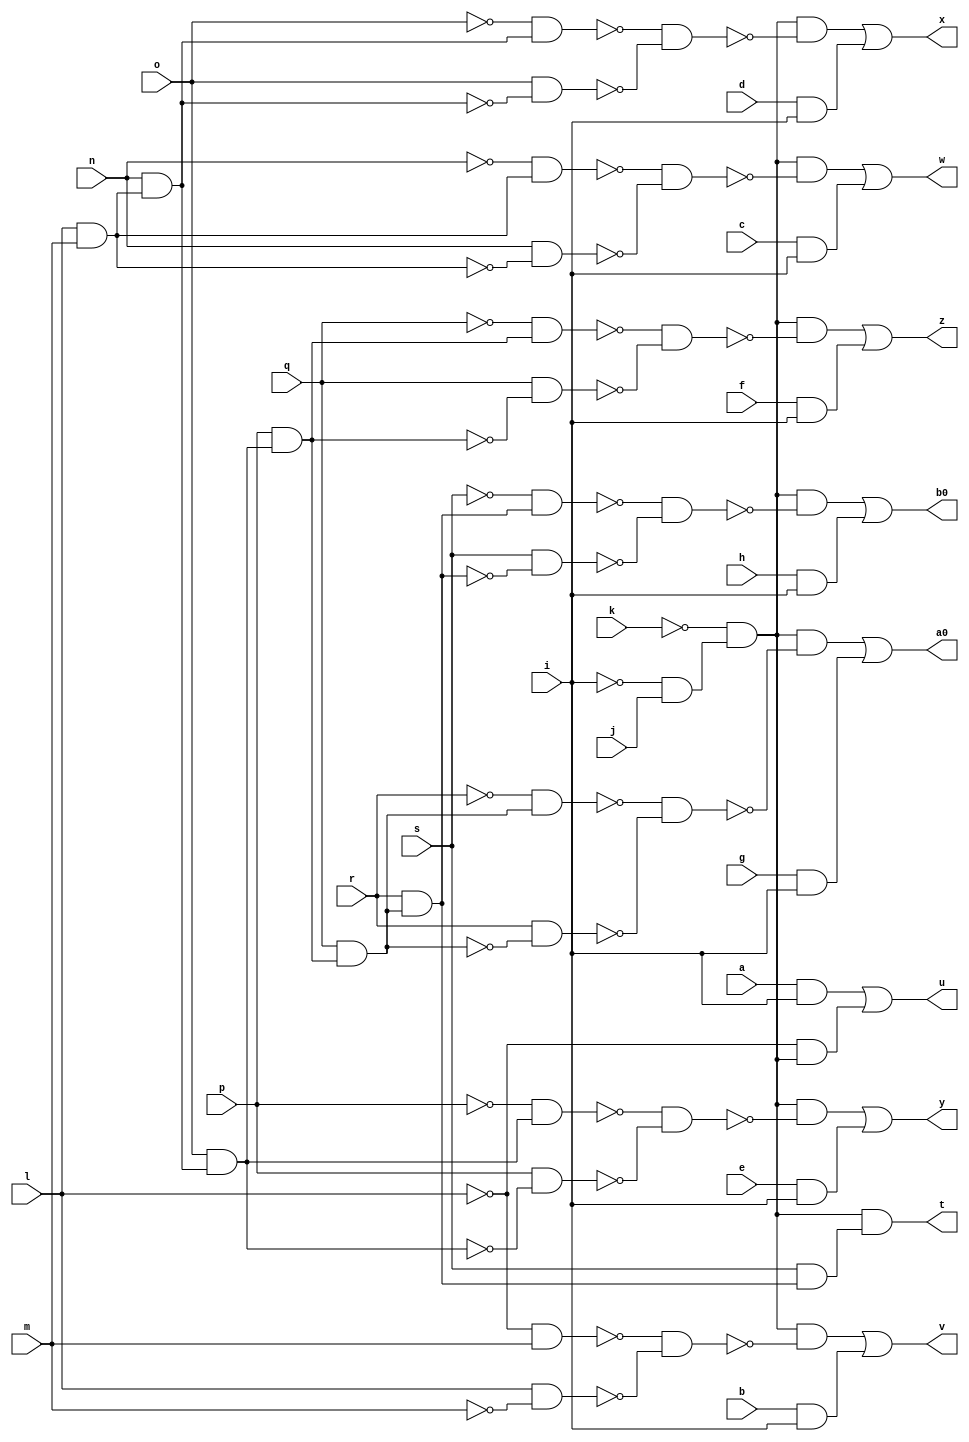
module pcle_cl ( 
    a, b, c, d, e, f, g, h, i, j, k, l, m, n, o, p, q, r, s,
    t, u, v, w, x, y, z, a0, b0  );
  input  a, b, c, d, e, f, g, h, i, j, k, l, m, n, o, p, q, r, s;
  output t, u, v, w, x, y, z, a0, b0;
  wire new_n29_, new_n30_, new_n31_, new_n32_, new_n33_, new_n34_, new_n35_,
    new_n36_, new_n37_, new_n39_, new_n40_, new_n42_, new_n43_, new_n44_,
    new_n45_, new_n46_, new_n48_, new_n49_, new_n50_, new_n51_, new_n52_,
    new_n54_, new_n55_, new_n56_, new_n57_, new_n58_, new_n60_, new_n61_,
    new_n62_, new_n63_, new_n64_, new_n66_, new_n67_, new_n68_, new_n69_,
    new_n70_, new_n72_, new_n73_, new_n74_, new_n75_, new_n76_, new_n78_,
    new_n79_, new_n80_, new_n81_, new_n82_;
  assign new_n29_ = l & m;
  assign new_n30_ = n & new_n29_;
  assign new_n31_ = o & new_n30_;
  assign new_n32_ = p & new_n31_;
  assign new_n33_ = q & new_n32_;
  assign new_n34_ = r & new_n33_;
  assign new_n35_ = ~i & j;
  assign new_n36_ = ~k & new_n35_;
  assign new_n37_ = s & new_n34_;
  assign t = new_n36_ & new_n37_;
  assign new_n39_ = a & i;
  assign new_n40_ = ~l & new_n36_;
  assign u = new_n39_ | new_n40_;
  assign new_n42_ = ~l & m;
  assign new_n43_ = l & ~m;
  assign new_n44_ = ~new_n42_ & ~new_n43_;
  assign new_n45_ = new_n36_ & ~new_n44_;
  assign new_n46_ = b & i;
  assign v = new_n45_ | new_n46_;
  assign new_n48_ = ~n & new_n29_;
  assign new_n49_ = n & ~new_n29_;
  assign new_n50_ = ~new_n48_ & ~new_n49_;
  assign new_n51_ = new_n36_ & ~new_n50_;
  assign new_n52_ = c & i;
  assign w = new_n51_ | new_n52_;
  assign new_n54_ = ~o & new_n30_;
  assign new_n55_ = o & ~new_n30_;
  assign new_n56_ = ~new_n54_ & ~new_n55_;
  assign new_n57_ = new_n36_ & ~new_n56_;
  assign new_n58_ = d & i;
  assign x = new_n57_ | new_n58_;
  assign new_n60_ = ~p & new_n31_;
  assign new_n61_ = p & ~new_n31_;
  assign new_n62_ = ~new_n60_ & ~new_n61_;
  assign new_n63_ = new_n36_ & ~new_n62_;
  assign new_n64_ = e & i;
  assign y = new_n63_ | new_n64_;
  assign new_n66_ = ~q & new_n32_;
  assign new_n67_ = q & ~new_n32_;
  assign new_n68_ = ~new_n66_ & ~new_n67_;
  assign new_n69_ = new_n36_ & ~new_n68_;
  assign new_n70_ = f & i;
  assign z = new_n69_ | new_n70_;
  assign new_n72_ = ~r & new_n33_;
  assign new_n73_ = r & ~new_n33_;
  assign new_n74_ = ~new_n72_ & ~new_n73_;
  assign new_n75_ = new_n36_ & ~new_n74_;
  assign new_n76_ = g & i;
  assign a0 = new_n75_ | new_n76_;
  assign new_n78_ = ~s & new_n34_;
  assign new_n79_ = s & ~new_n34_;
  assign new_n80_ = ~new_n78_ & ~new_n79_;
  assign new_n81_ = new_n36_ & ~new_n80_;
  assign new_n82_ = h & i;
  assign b0 = new_n81_ | new_n82_;
endmodule